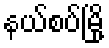
နယ်စပ်မြို့